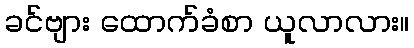
ခင်ဗျား ထောက်ခံစာ ယူလာလား။